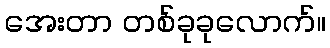
အေးတာ တစ်ခုခုလောက်။